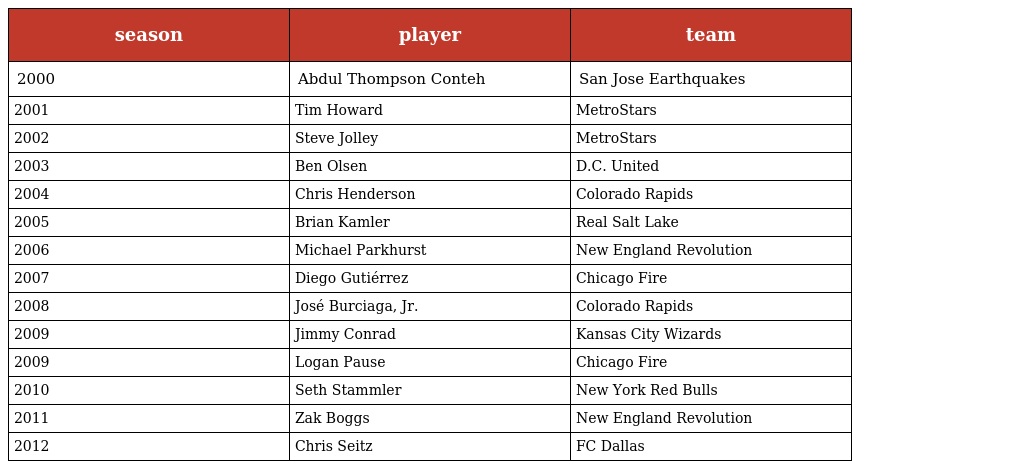
| season | player | team |
 | --- | --- | --- |
 | 2000 | Abdul Thompson Conteh | San Jose Earthquakes |
 | 2001 | Tim Howard | MetroStars |
 | 2002 | Steve Jolley | MetroStars |
 | 2003 | Ben Olsen | D.C. United |
 | 2004 | Chris Henderson | Colorado Rapids |
 | 2005 | Brian Kamler | Real Salt Lake |
 | 2006 | Michael Parkhurst | New England Revolution |
 | 2007 | Diego Gutiérrez | Chicago Fire |
 | 2008 | José Burciaga, Jr. | Colorado Rapids |
 | 2009 | Jimmy Conrad | Kansas City Wizards |
 | 2009 | Logan Pause | Chicago Fire |
 | 2010 | Seth Stammler | New York Red Bulls |
 | 2011 | Zak Boggs | New England Revolution |
 | 2012 | Chris Seitz | FC Dallas |